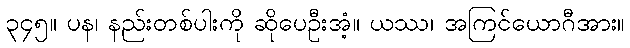
၃၄၅။ ပန၊ နည်းတစ်ပါးကို ဆိုပေဦးအံ့။ ယဿ၊ အကြင်ယောဂီအား။